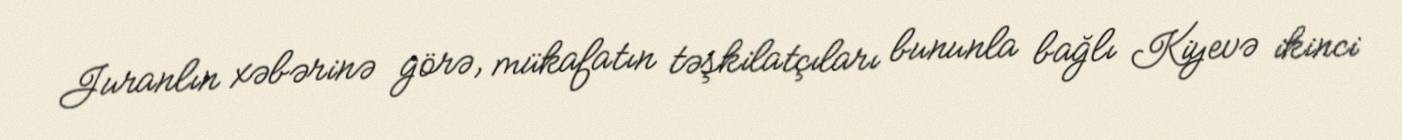
Juranlın xəbərinə görə, mükafatın təşkilatçıları bununla bağlı Kiyevə ikinci